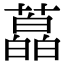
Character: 藠